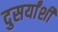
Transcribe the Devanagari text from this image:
दुसर्यांशी